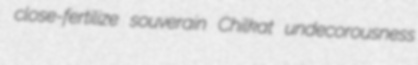
close-fertilize souverain Chilkat undecorousness